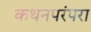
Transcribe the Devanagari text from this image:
कथनपरंपरा